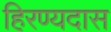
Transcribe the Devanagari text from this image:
हिरण्यदास